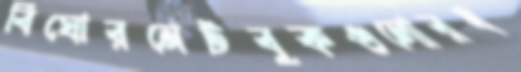
বিঘোরনেটবুকগুলোরধ